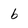
Character: b